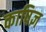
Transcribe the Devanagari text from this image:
काषिज्ञ